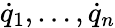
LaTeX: {\dot{q}}_{1},\dots,{\dot{q}}_{n}